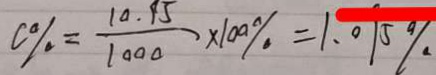
c \% = \frac { 1 0 . 9 5 } { 1 0 0 0 } \times 1 0 0 \% = 1 . 0 9 5 \%